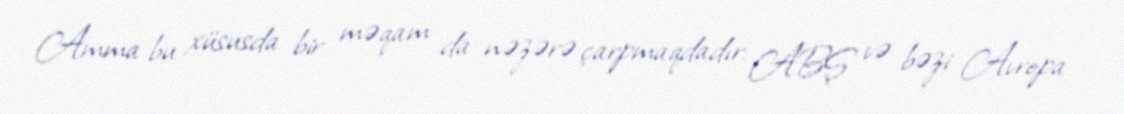
Amma bu xüsusda bir məqam da nəzərə çarpmaqdadır: ABŞ və bəzi Avropa